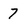
Character: 7